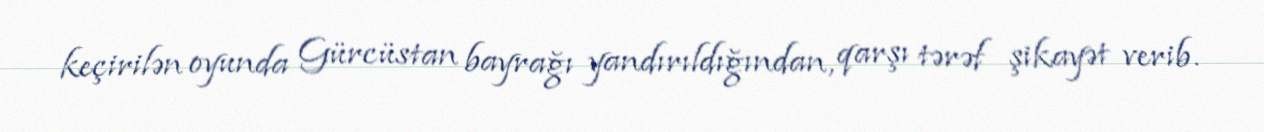
keçirilən oyunda Gürcüstan bayrağı yandırıldığından, qarşı tərəf şikayət verib.